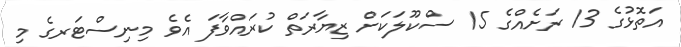
އަތޮޅުގެ 13 ރަށެއްގެ 15 ސްކޫލަކަށް ޒިޔާރަތް ކުރައްވާފަ އެވެ މިނިސްޓަރގެ މި